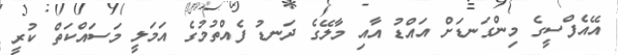
އޭއެފްސީގެ މިންގަނޑަށް އައްޑު އާއި މާލޭގެ ދަނޑު ފެއްތުމުގެ އަމަލީ މަސައްކަތް ކުރީ